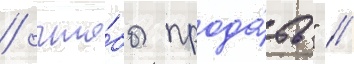
/ что́бы прода́ть" //